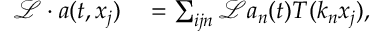
\begin{array} { r l } { \mathcal { L } \cdot a ( t , x _ { j } ) } & { { } = \sum _ { i j n } \mathcal { L } a _ { n } ( t ) T ( k _ { n } x _ { j } ) , } \end{array}